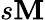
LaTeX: s\mathbf{M}